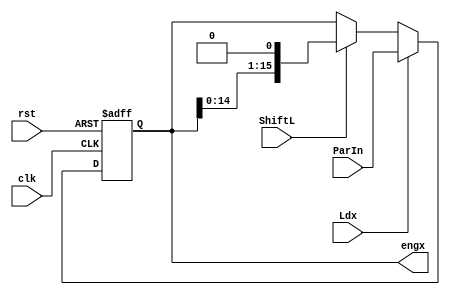
module ShiftReg (
    input clk,
    rst,
    ShiftL,
    Ldx,
    input [15:0] ParIn,
    output reg [15:0] engx
);

  always @(posedge clk, posedge rst) begin
    if (rst) engx <= 0;
    else if (Ldx) engx <= ParIn;
    else if (ShiftL) engx <= {engx[14:0], 1'b0};
  end

endmodule